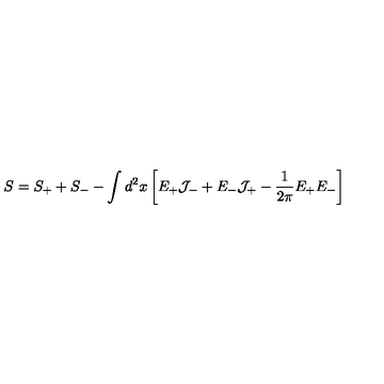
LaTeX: S = S _ { + } + S _ { - } - \int d ^ { 2 } x \left[ E _ { + } { \cal J } _ { - } + E _ { - } { \cal J } _ { + } - { \frac { 1 } { 2 \pi } } E _ { + } E _ { - } \right]